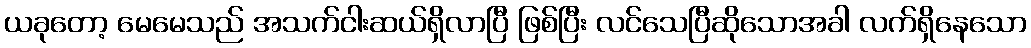
ယခုတော့ မေမေသည် အသက်ငါးဆယ်ရှိလာပြီ ဖြစ်ပြီး လင်သေပြီဆိုသောအခါ လက်ရှိနေသော